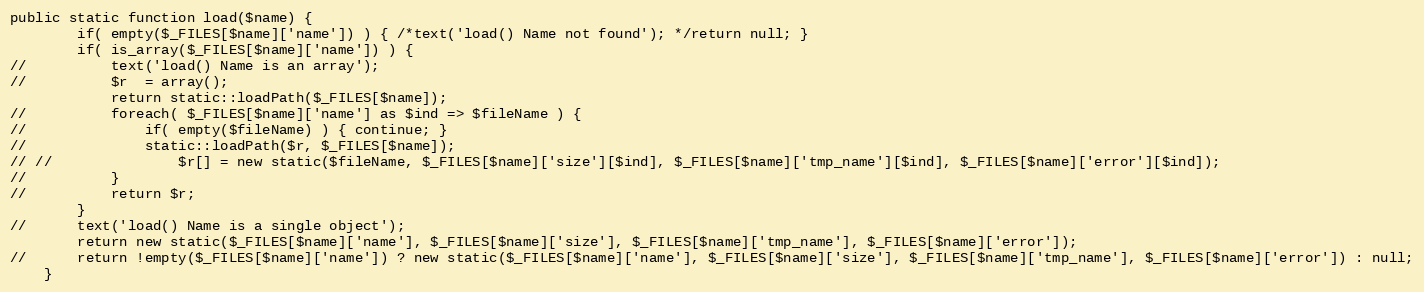
Language: PHP
public static function load($name) {
		if( empty($_FILES[$name]['name']) ) { /*text('load() Name not found'); */return null; }
		if( is_array($_FILES[$name]['name']) ) {
// 			text('load() Name is an array');
// 			$r	= array();
			return static::loadPath($_FILES[$name]);
// 			foreach( $_FILES[$name]['name'] as $ind => $fileName ) {
// 				if( empty($fileName) ) { continue; }
// 				static::loadPath($r, $_FILES[$name]);
// // 				$r[] = new static($fileName, $_FILES[$name]['size'][$ind], $_FILES[$name]['tmp_name'][$ind], $_FILES[$name]['error'][$ind]);
// 			}
// 			return $r;
		}
// 		text('load() Name is a single object');
		return new static($_FILES[$name]['name'], $_FILES[$name]['size'], $_FILES[$name]['tmp_name'], $_FILES[$name]['error']);
// 		return !empty($_FILES[$name]['name']) ? new static($_FILES[$name]['name'], $_FILES[$name]['size'], $_FILES[$name]['tmp_name'], $_FILES[$name]['error']) : null;
	}